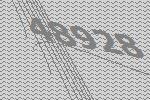
48928